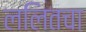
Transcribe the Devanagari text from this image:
ललितचा